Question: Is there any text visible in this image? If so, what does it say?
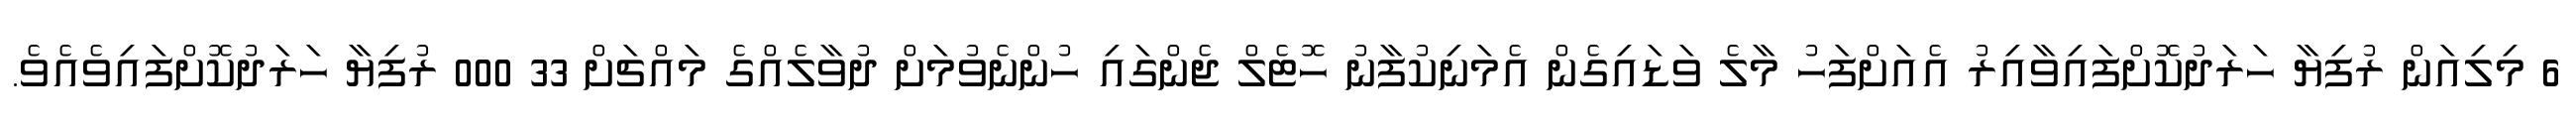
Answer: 6 މިލިއަން ރުފިޔާ ހަރަދުކޮށްފައިވާއިރު އެއަށްފަހު މާލެ ވަޑައިގެން އެމަނިކުފާނު ހޮޓެލް ޖެންގައި ހުންނެވުމަށް ދުވާލެއްގެ މައްޗަށް 33 000 ރުފިޔާ ހަރަދުކޮށްފައިވެއެވެ.